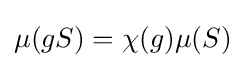
\mu (gS)=\chi (g)\mu (S)